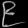
Digit: ၉